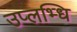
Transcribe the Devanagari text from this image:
उप्लभ्धि